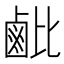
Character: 𬸲